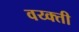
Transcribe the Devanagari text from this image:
वय्क्ती